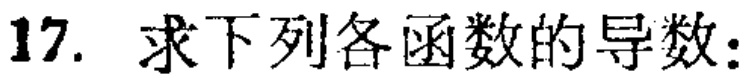
17. 求下列各函数的导数：